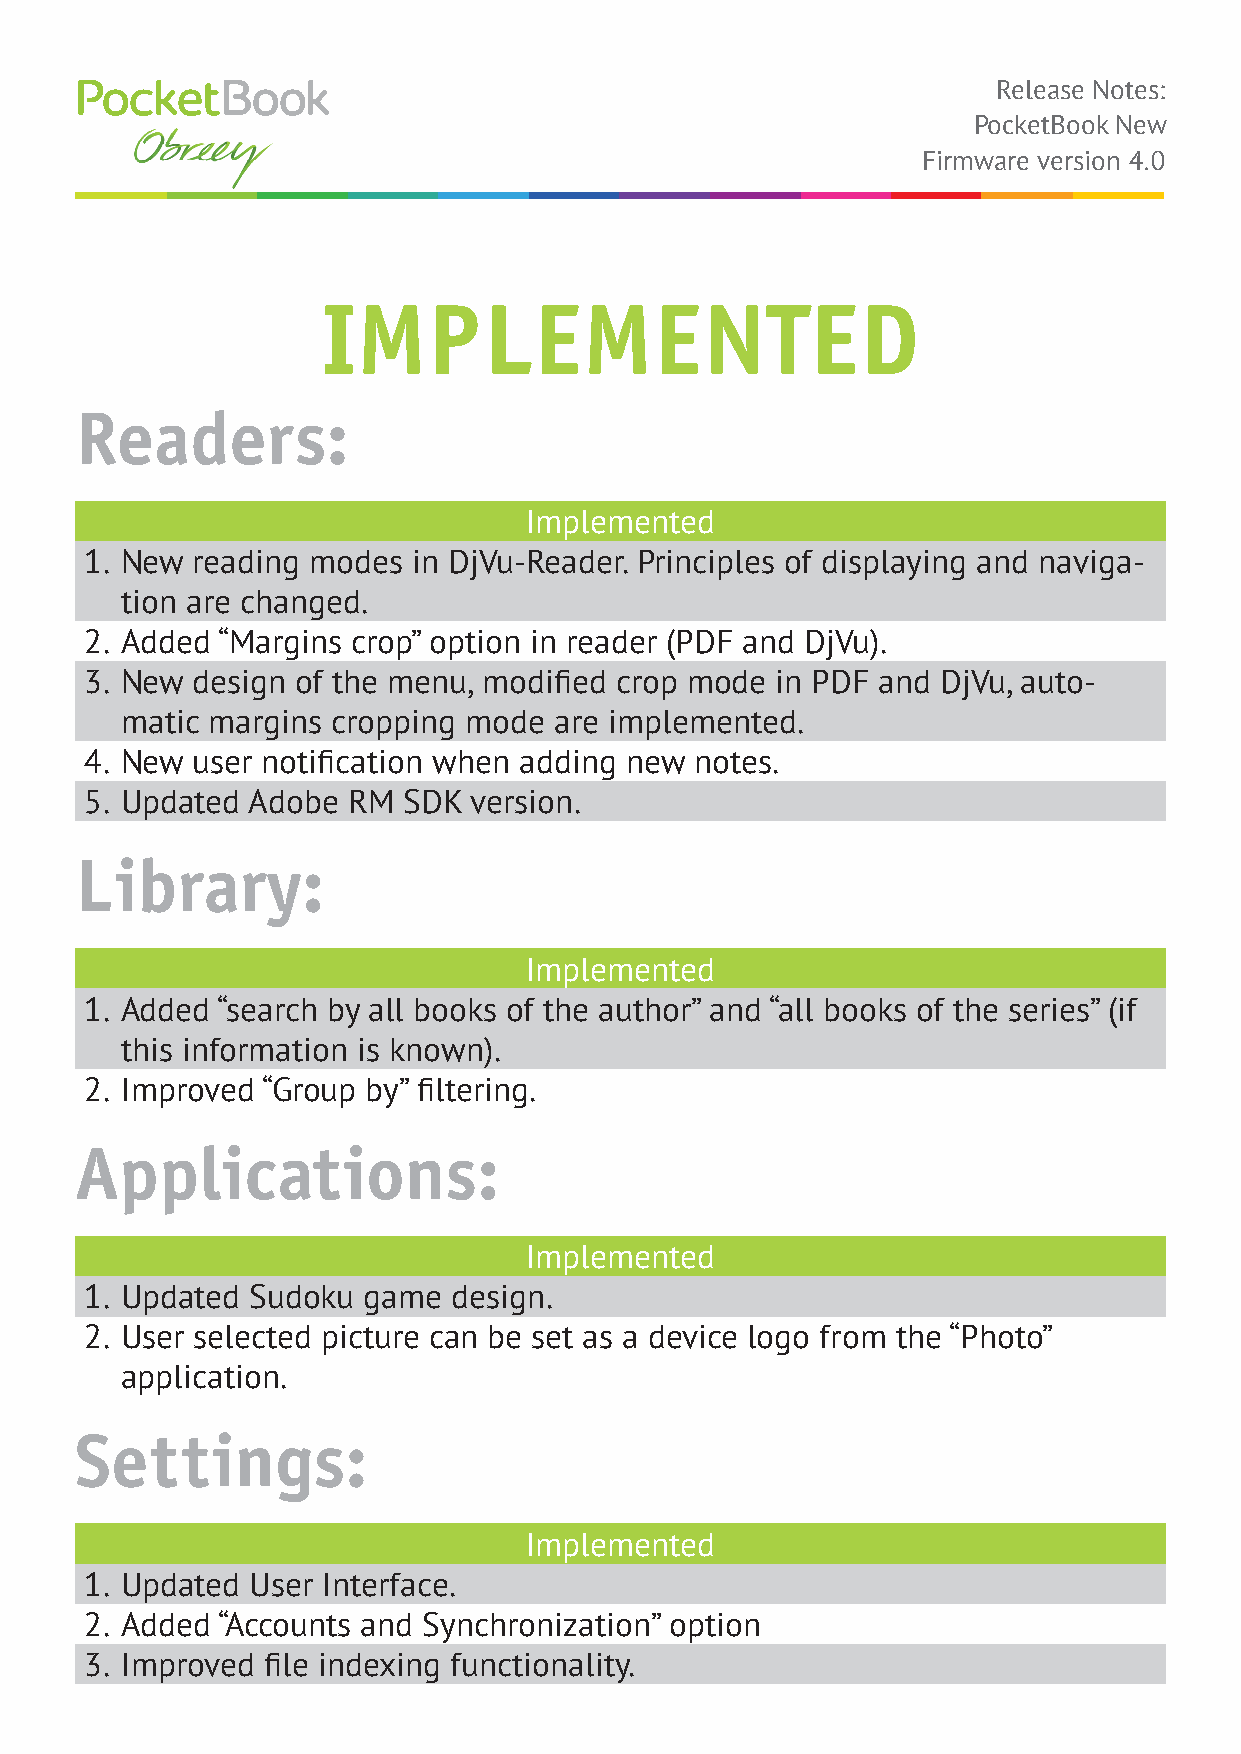
Release Notes:
 PocketBook New
 Firmware version 4.0
 IMPLEMENTED
 Readers:
 Implemented
 1. New reading modes in DjVu-Reader. Principles of displaying and naviga-
 tion are changed.
 2. Added “Margins crop” option in reader (PDF and DjVu).
 3. New design of the menu, modified crop mode in PDF and DjVu, auto-
 matic margins cropping mode  are implemented.
 4. New user notification when adding new notes.
 5. Updated Adobe RM  SDK version.
 Library:
 Implemented
 1. Added “search by all books of the author” and “all books of the series” (if
 this information is known).
 2. Improved “Group by” filtering.
 Applications:
 Implemented
 1. Updated Sudoku game  design.
 2. User selected picture can be set as a device logo from the “Photo”
 application.
 Settings:
 Implemented
 1. Updated User Interface.
 2. Added “Accounts and Synchronization” option
 3. Improved file indexing functionality.